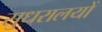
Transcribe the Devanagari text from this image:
सुधरालयों